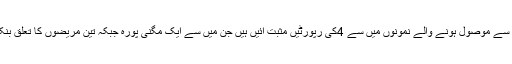
انہوں نے کہا کہ سی ایم او بانڈی پورہ سے موصول ہونے والے نمونوں میں سے 4کی رپورٹیں مثبت آئیں ہیں جن میں سے ایک مگنی پورہ جبکہ تین مریضوں کا تعلق بنکوٹ بانڈی پورہ سے تعلق رکھتے ہیں۔